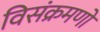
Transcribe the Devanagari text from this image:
विसंक्रमणों